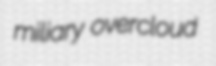
miliary overcloud